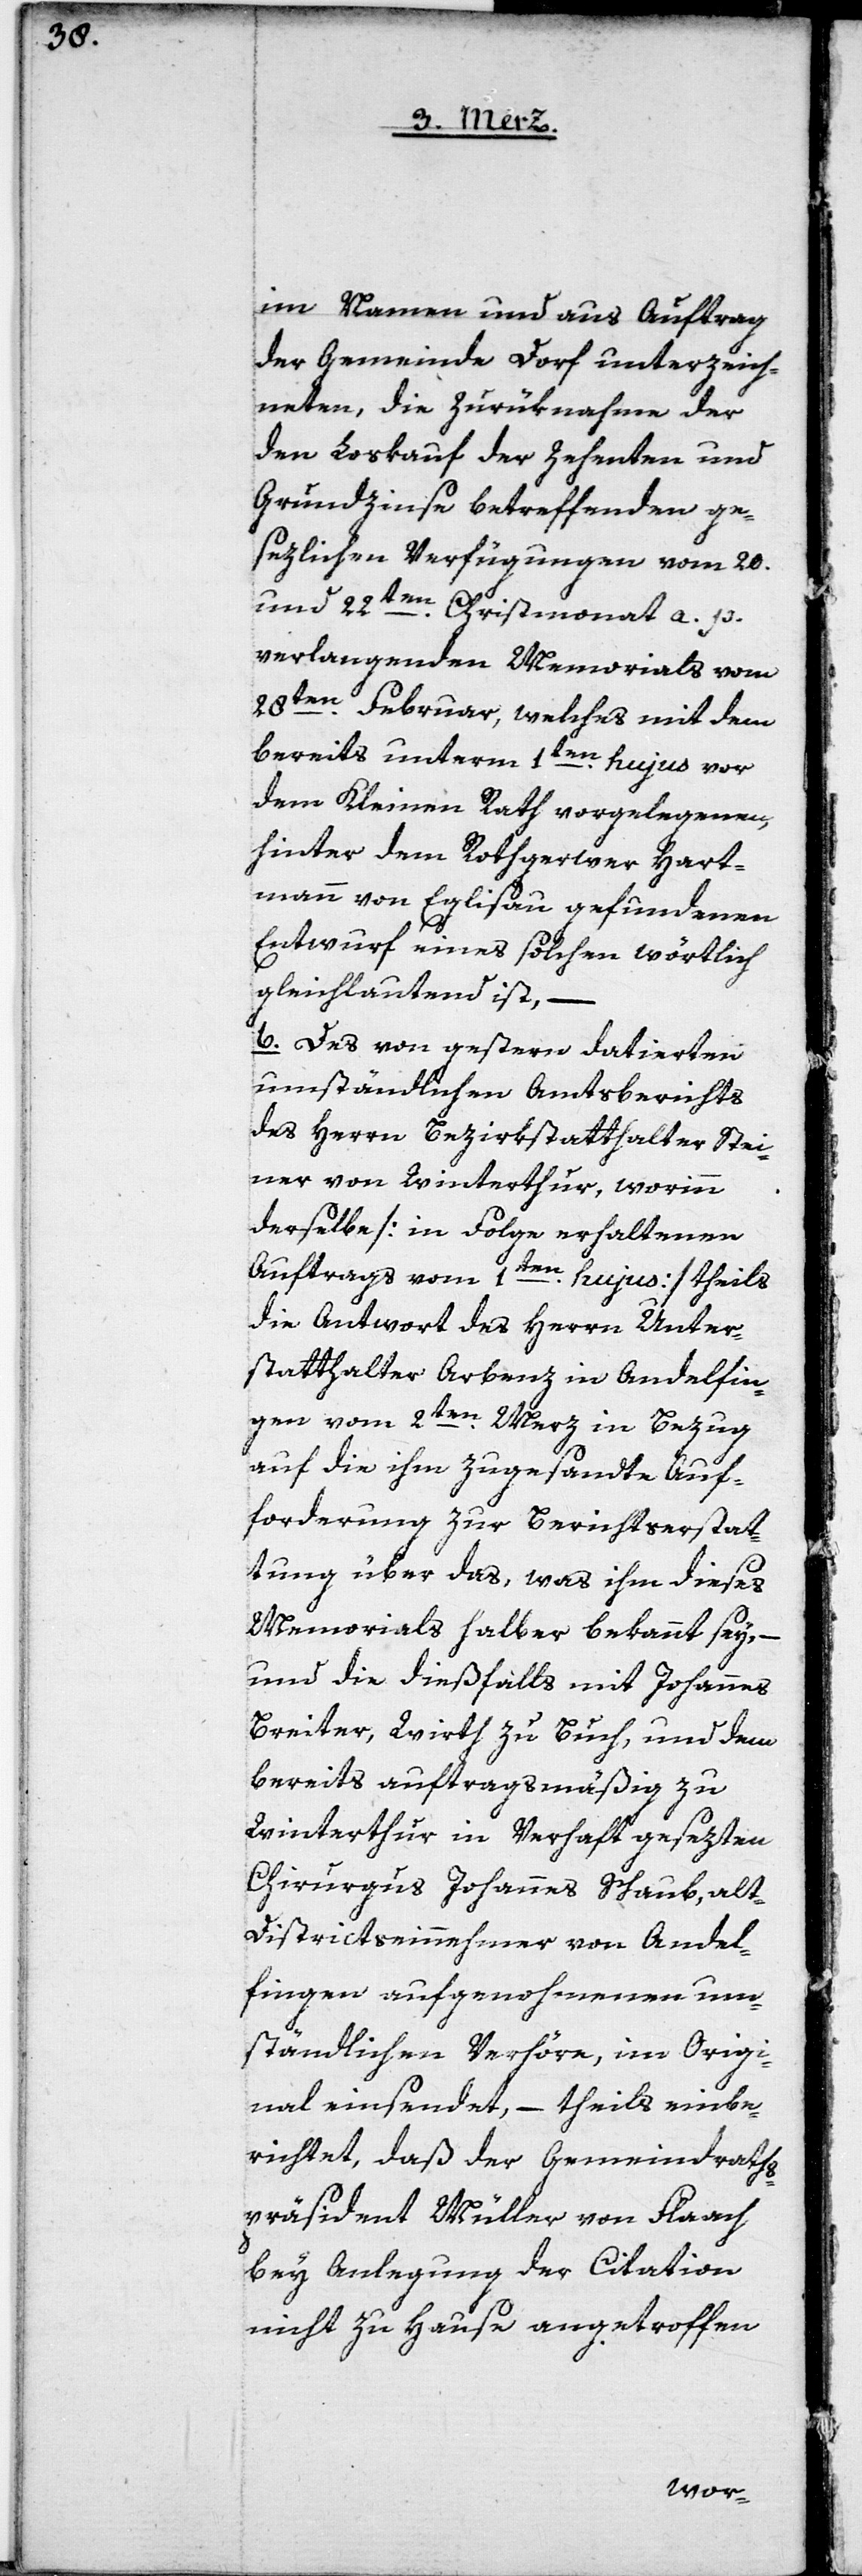
im Namen und aus Auftrag
der Gemeinde Dorf unterzeich¬
neten, die Zurüknahme der
den Loskauf der Zehenten und
Grundzinse betreffenden ge¬
sezlichen Verfügungen vom 20.
und 22ten Christmonat a. p.
verlangenden Memorials vom
28ten Februar, welches mit dem
bereits unterm 1ten hujus vor
dem Kleinen Rath vorgelegenen,
hinter dem Rothgerwer Hart¬
mann von Eglisau gefundenen
Entwurf eines solchen wörtlich
gleichlautend ist, –
b. Das von gestern datierten
umständlichen Amtsberichts
des Herrn Bezirksstatthalter Stei¬
ner von Winterthur, worinn
derselbe [in Folge erhaltenen
Auftrags vom 1ten hujus] theils
die Antwort des Herrn Unter¬
statthalter Arbenz in Andelfin¬
gen vom 2ten Merz in Bezug
auf die ihm zugesandte Auf¬
forderung zur Berichtserstat¬
tung über das, was ihm dieses
Memorials halber bekannt sey, –
und die dießfalls mit Johannes
Breiter, Wirth zu Buch, und dem
bereits auftragsmäßig zu
Winterthur in Verhaft gesezten
Chirurgus Johannes Schaub, alt-D¬
istrictseinnehmer von Andel¬
fingen aufgenohmenen um¬
ständlichen Verhöre, im Origi¬
nal einsendet, – theils einbe¬
richtet, daß der Gemeindraths¬
präsident Müller von Flaach
bey Anlegung der Citation
nicht zu Hause angetroffen